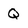
Character: Q